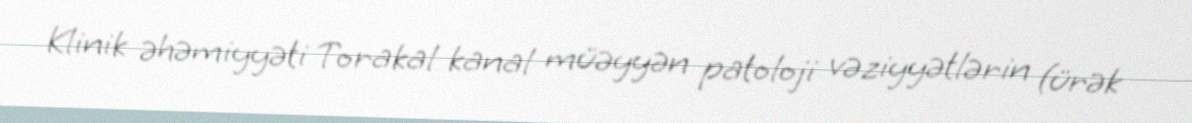
Klinik əhəmiyyəti Torakal kanal müəyyən patoloji vəziyyətlərin (ürək